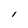
Character: l